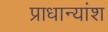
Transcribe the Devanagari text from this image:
प्राधान्यांश